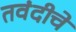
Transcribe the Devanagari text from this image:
तवंदीचे